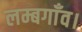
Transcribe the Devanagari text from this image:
लम्बगाँव।